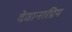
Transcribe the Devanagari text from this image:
देवानाप्रिय